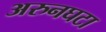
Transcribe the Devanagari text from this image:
अरुनघटा